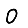
Digit: 0